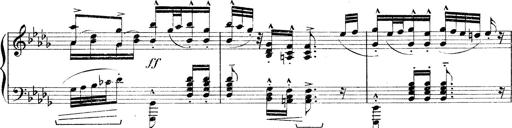
Title: Rapsodie: 19 ungheresi, 1 spagnuola
Composer: Franz Liszt